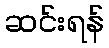
ဆင်းရန်